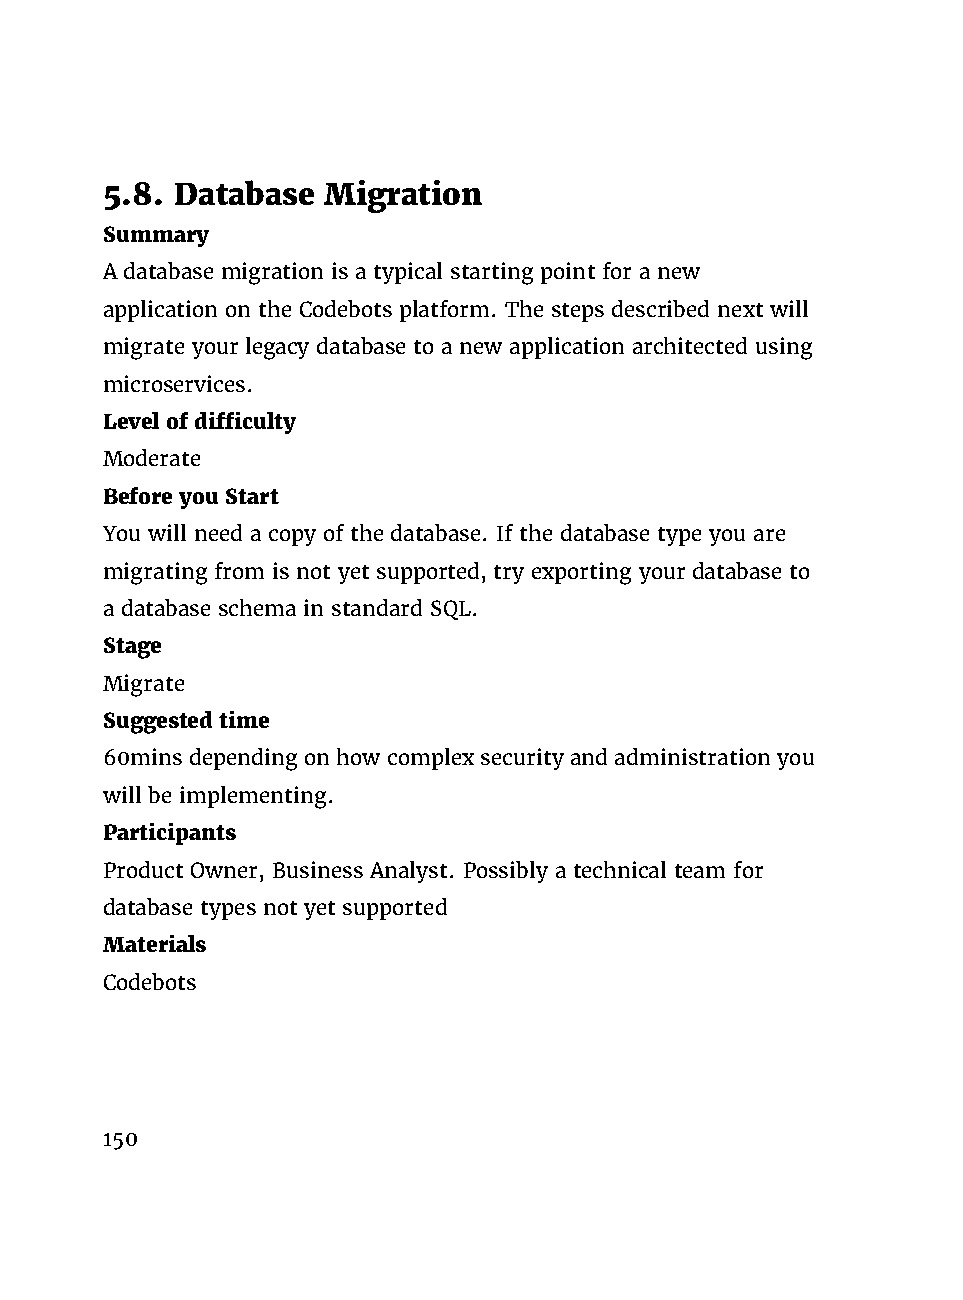
5.8. Database Migration
 Summary
 A database migration is a typical starting point for a new
 application on the Codebots platform. The steps described next will
 migrate your legacy database to a new application architected using
 microservices.
 Level of difficulty
 Moderate
 Before you Start
 You will need a copy of the database. If the database type you are
 migrating from is not yet supported, try exporting your database to
 a database schema in standard SQL.
 Stage
 Migrate
 Suggested time
 60mins depending on how complex security and administration you
 will be implementing.
 Participants
 Product Owner, Business Analyst. Possibly a technical team for
 database types not yet supported
 Materials
 Codebots
 150